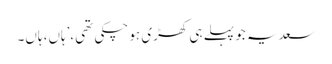
سعدیہ جو پہلے ہی کھڑی ہو چکی تھی،’ہاں، ہاں۔